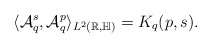
\begin{align*}\langle \mathcal{A}_q^s, \mathcal{A}_q^p \rangle_{L^2(\mathbb{R,\mathbb{H}})}=K_q(p,s).\end{align*}